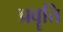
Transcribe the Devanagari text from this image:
प्रवॄत्ति